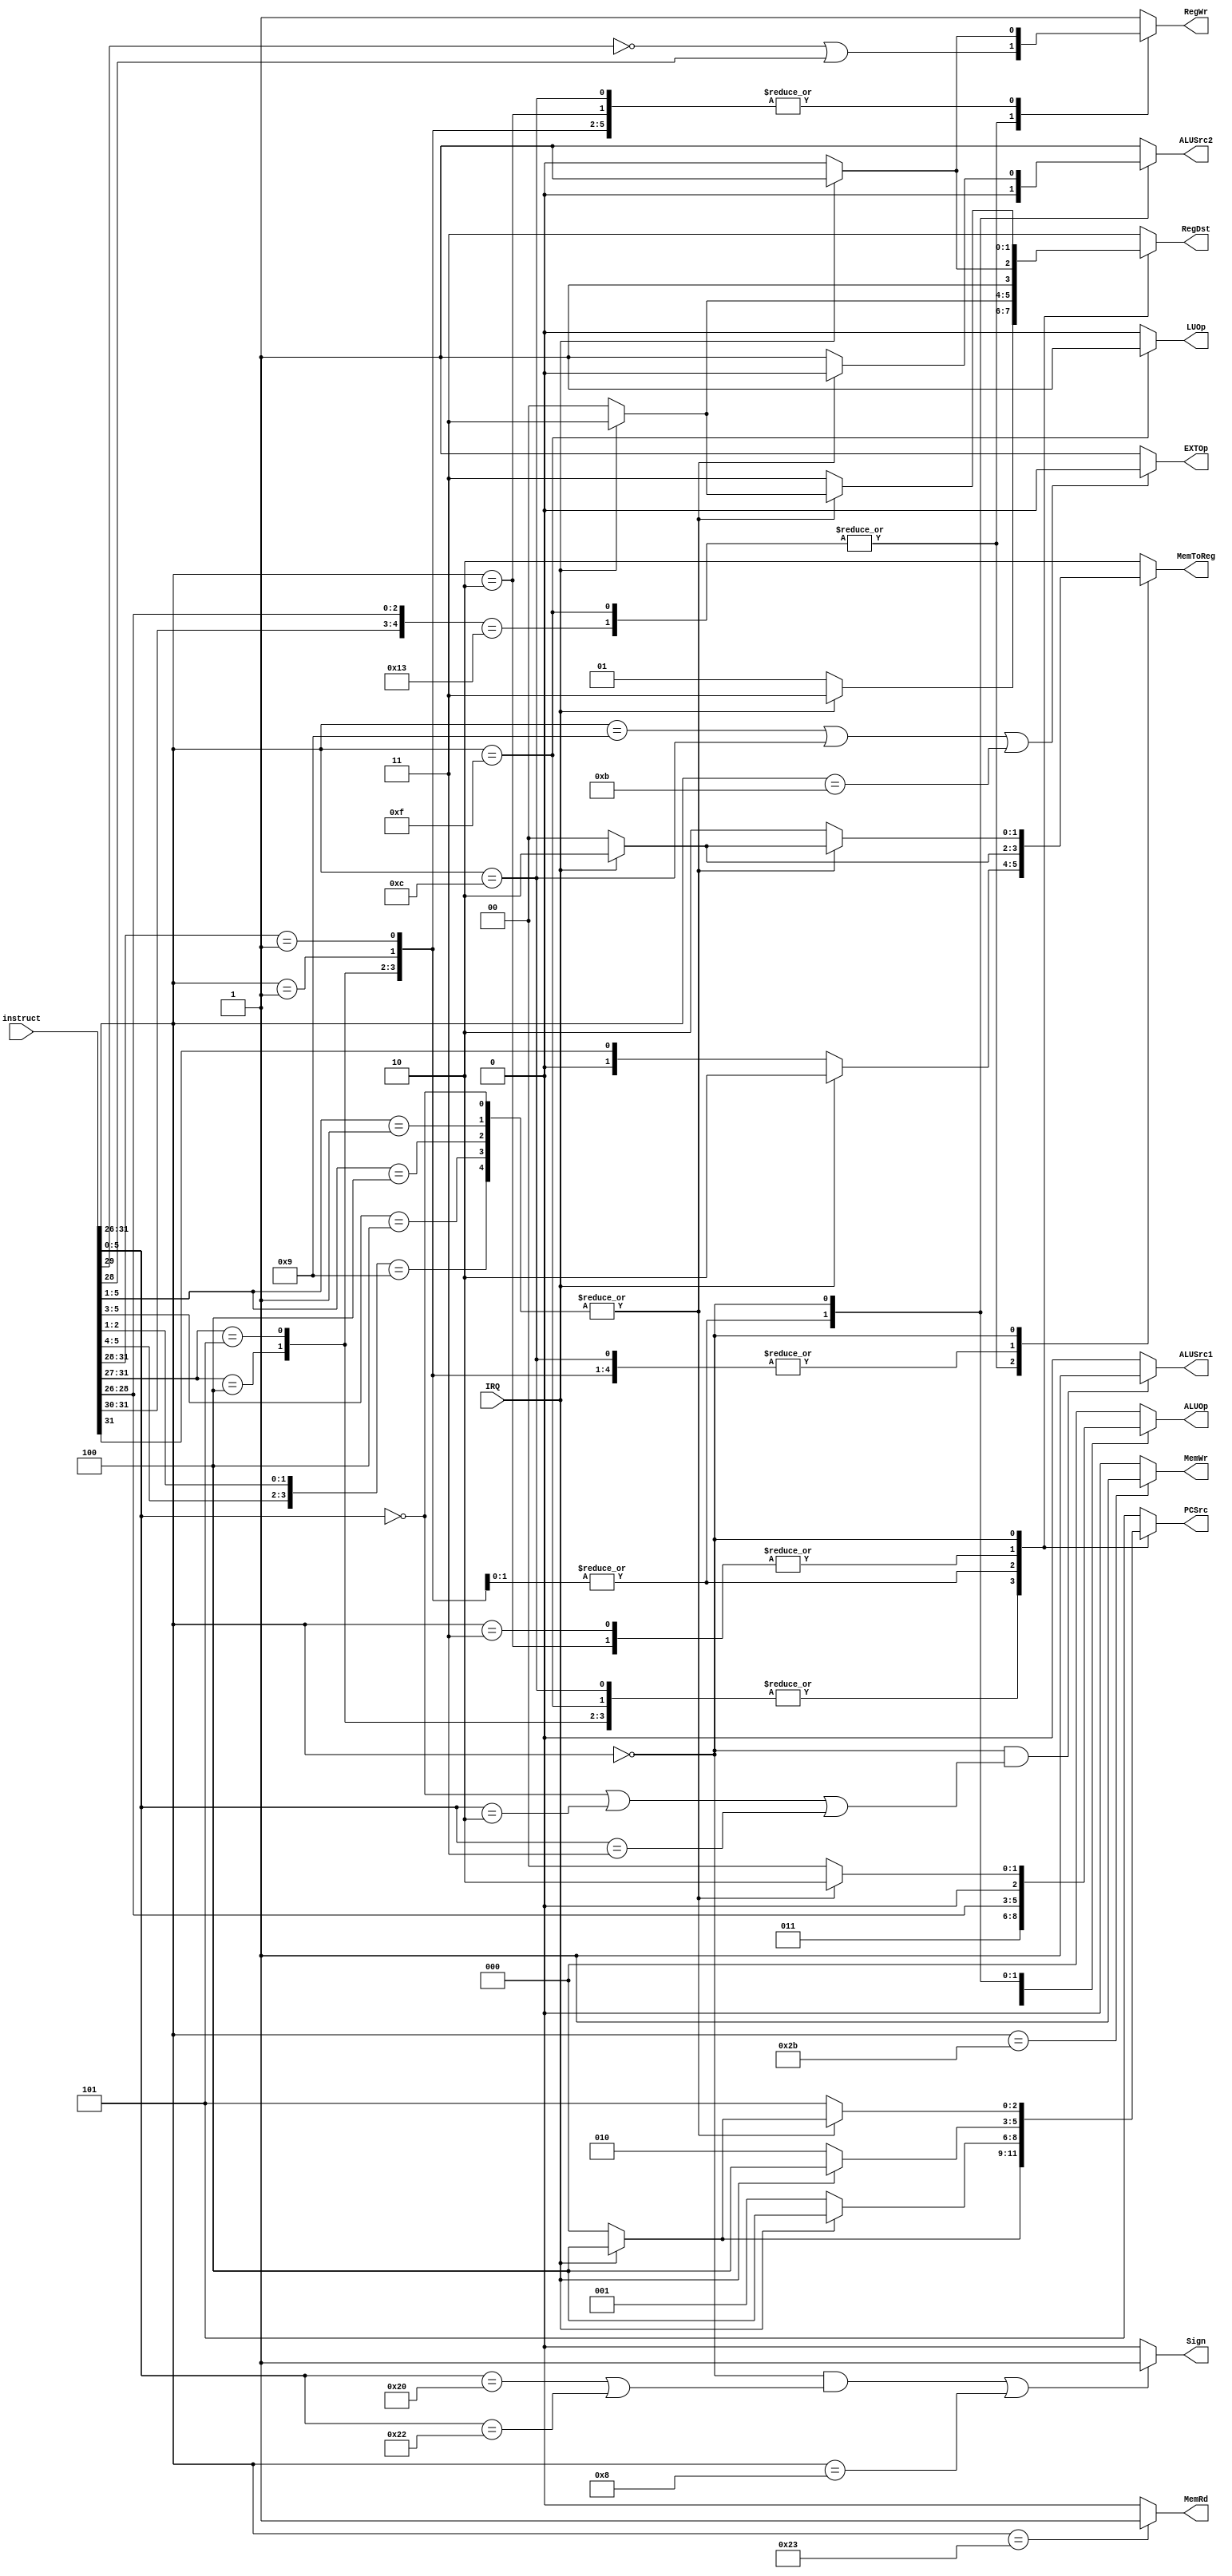
module CONTROL(
	instruct, IRQ, 
	PCSrc, RegDst, RegWr, 
	ALUSrc1, ALUSrc2, ALUOp, Sign, 
	MemWr, MemRd, MemToReg,
	EXTOp, LUOp
	);
	input [31:0] instruct;
	wire [5:0] OpCode;
	wire [5:0] funct;
	input IRQ;
	
	output reg [2:0] PCSrc;
	output reg [1:0] RegDst;
	output reg [2:0] ALUOp;
	output reg [1:0] MemToReg;
	output reg RegWr, ALUSrc2;
	output ALUSrc1, Sign, MemWr, MemRd, EXTOp, LUOp;
	
	assign OpCode = instruct[31:26];
	assign funct = instruct[5:0];
	assign ALUSrc1 = (OpCode==0&&(funct==0||funct==6'h02||funct==6'h03))?1:0;
	assign Sign = (OpCode==0&&(funct==6'h20||funct==6'h22)||OpCode==6'h08)?1:0;
	assign MemWr = (OpCode==6'h2b)?1:0;
	assign MemRd = (OpCode==6'h23)?1:0;
	assign EXTOp = (OpCode==6'h09||OpCode==6'h0c||OpCode==6'h0b)?0:1;
	assign LUOp = (OpCode==6'h0f)?1:0;
	
	always @(*)
		casex(OpCode)
			//lw,sw,lui
			6'b10_x011,6'b00_1111:
			begin
				ALUOp <= 3'h0;
				PCSrc <= (IRQ)?3'h4:3'h0;
				RegDst <= (IRQ)?2'h3:2'h1;
				RegWr <= (~OpCode[3])|OpCode[2];//lw:0x23,sw:0x2b,lui:0x0f
				ALUSrc2 <= 1;
				MemToReg <= (IRQ)?2:OpCode[5]; 
			//addi,addiu
			end
			6'b00_100x:
			begin
				ALUOp <= 3'h0;
				PCSrc <= (IRQ)?3'h4:3'h0;
				RegDst <= (IRQ)?2'h3:2'h1;
				RegWr <= (IRQ)?1:0;
				ALUSrc2 <= 1;
				MemToReg <= (IRQ)?2:0;
			end
			//andi
			6'b00_1100:
			begin
				ALUOp <= 3'h0;
				PCSrc <= (IRQ)?3'h4:3'h0;
				RegDst <= (IRQ)?2'h3:2'h1;
				RegWr <= (IRQ)?1:0;
				ALUSrc2 <= 1;
				MemToReg <= (IRQ)?2:0;
			end
			//slti,sltiu
			6'b00_101x:
			begin
				ALUOp <= 3'h3;
				PCSrc <= (IRQ)?3'h4:3'h0;
				RegDst <= (IRQ)?2'h3:2'h1;
				RegWr <= (IRQ)?1:0;
				ALUSrc2 <= 1;
				MemToReg <= (IRQ)?2:0;
			end
			//beq,bne,blez,bgtz,bgez
			6'b00_01xx, 6'b00_0001:
			begin
				ALUOp <= OpCode[2:0];
				PCSrc <= (IRQ)?3'h4:3'h1;
				RegDst <= (IRQ)?2'h3:2'h0;
				RegWr <= (IRQ)?1:0;
				ALUSrc2 <= 0;
				MemToReg <= (IRQ)?2:0;
			end
			//j
			6'h02:
			begin
				ALUOp <= 3'h0;
				PCSrc <= (IRQ)?3'h4:3'h2;
				RegDst <= (IRQ)?2'h3:2'h2;
				RegWr <= (IRQ)?1:0;
				ALUSrc2 <= 1;
				MemToReg <= 2;
			end
			//jal
			6'h03:
			begin
				ALUOp <= 3'h0;
				PCSrc <= (IRQ)?3'h4:3'h2;
				RegDst <= (IRQ)?2'h3:2'h2;
				RegWr <= 1;
				ALUSrc2 <= 1;
				MemToReg <= 2;
			end
			//R-type
			6'h0:
				casex(funct)
					6'b00_0000,6'b00_001x,6'b00_100x,6'b10_0xxx,6'b10_x01x:
					begin	
						ALUOp <= 3'h2;
						PCSrc <= (IRQ)?3'h4:3'h0;
						RegDst <= (IRQ)?2'h3:2'h0;
						RegWr <= 1;
						ALUSrc2 <= 0;
						MemToReg <= (IRQ)?2:0;
					end
					//jr
					6'h08:
					begin
						ALUOp <= 3'h0;
						PCSrc <= (IRQ)?3'h4:3'h3;
						RegDst <= (IRQ)?2'h3:2'h2;
						RegWr <= (IRQ)?1:0;
						ALUSrc2 <= 1;
						MemToReg <= (IRQ)?2:0;
					end
					//jalr
					6'h09:
					begin
						ALUOp <= 3'h0;
						PCSrc <= (IRQ)?3'h4:3'h3;
						RegDst <= (IRQ)?2'h3:2'h2;
						RegWr <= 1;
						ALUSrc2 <= 1;
						MemToReg <= (IRQ)?2:0;
					end
					//funct undefined
					default:
					begin
						ALUOp <= 3'h0;
						PCSrc <= 3'h5;
						RegDst <= 2'h3;
						RegWr <= 1;
						ALUSrc2 <= 1;
						MemToReg <= 2;
					end
				endcase
			//OpCode undefined
			default:
			begin
				ALUOp <= 3'h0;
				PCSrc <= 3'h5;
				RegDst <= 2'h3;
				RegWr <= 1;
				ALUSrc2 <= 1;
				MemToReg <= 2;
			end
		endcase
endmodule